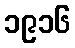
၁၉၁၆